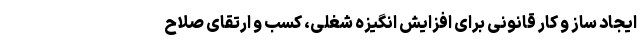
ایجاد ساز و کار قانونی برای افزایش انگیزه شغلی، کسب و ارتقای صلاح